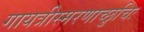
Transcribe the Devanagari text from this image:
गायत्रीस्मरणाच्छुचिः